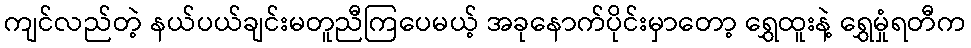
ကျင်လည်တဲ့ နယ်ပယ်ချင်းမတူညီကြပေမယ့် အခုနောက်ပိုင်းမှာတော့ ရွှေထူးနဲ့ ရွှေမှုံရတီက